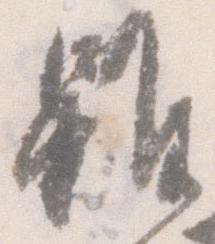
雖